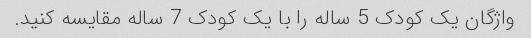
واژگان یک کودک 5 ساله را با یک کودک 7 ساله مقایسه کنید.